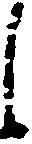
候